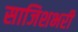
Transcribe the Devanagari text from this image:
साजिशभरी